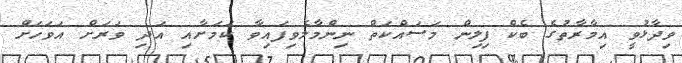
ވިދާޅުވީ އިމާރާތުގެ ބެކް ފިލިން މަސައްކަތް ނިންމާލެވިފައިވާ ކަމަށާއި އަދި ވަރަށް އަވަހަށް